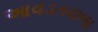
આવડતવાળા